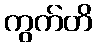
ကွက်တိ